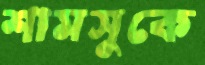
শামসুকে